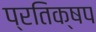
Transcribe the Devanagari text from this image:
प्रतिक्षप